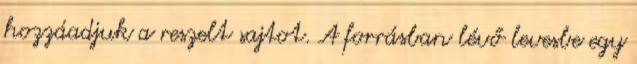
hozzáadjuk a reszelt sajtot. A forrásban lévő levesbe egy